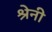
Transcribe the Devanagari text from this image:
श्रेनी